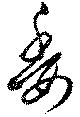
委